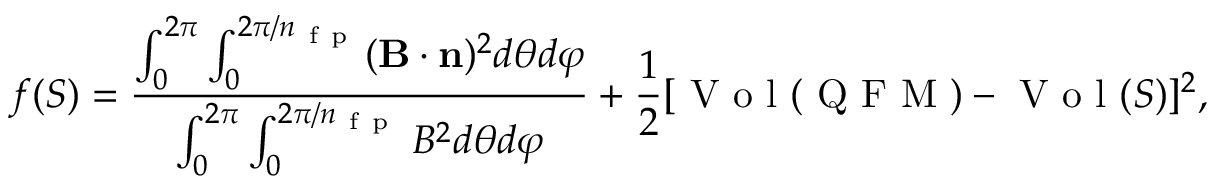
f ( S ) = \frac { \int _ { 0 } ^ { 2 \pi } \int _ { 0 } ^ { 2 \pi / n _ { \mathrm { ~ f ~ p ~ } } } ( \mathbf B \cdot \mathbf n ) ^ { 2 } d \theta d \varphi } { \int _ { 0 } ^ { 2 \pi } \int _ { 0 } ^ { 2 \pi / n _ { \mathrm { ~ f ~ p ~ } } } B ^ { 2 } d \theta d \varphi } + \frac { 1 } { 2 } [ \mathrm { ~ V ~ o ~ l ~ } ( \mathrm { ~ Q ~ F ~ M ~ } ) - \mathrm { ~ V ~ o ~ l ~ } ( S ) ] ^ { 2 } ,